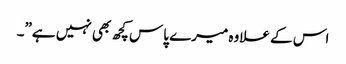
اس کے علاوہ میرے پاس کچھ بھی نہیں ہے”۔